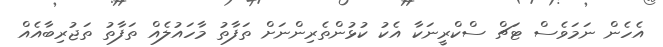
އެހެން ނަމަވެސް ޓަޗް ސްކްރީނަކާ އެކު ކުޅުންތެރިންނަށް ތަފާތު މާހައުލެއް ތަފާތު ތަޖުރިބާއެއް